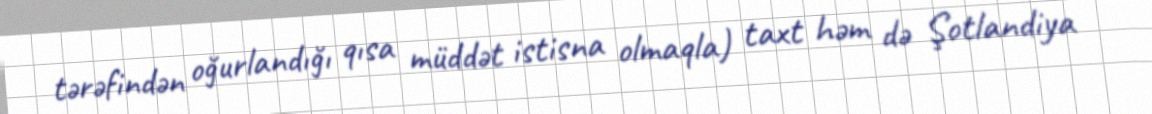
tərəfindən oğurlandığı qısa müddət istisna olmaqla) taxt həm də Şotlandiya